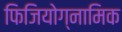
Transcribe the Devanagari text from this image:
फिजियोग्नामिक